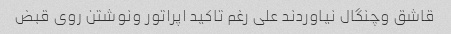
قاشق وچنگال نیاوردند علی رغم تاکید اپراتور ونوشتن روی قبض